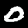
Label: 0